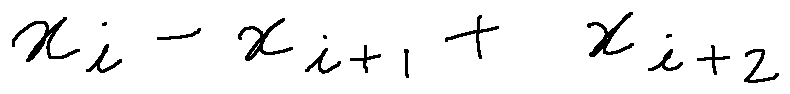
x _ { i } - x _ { i + 1 } + x _ { i + 2 }